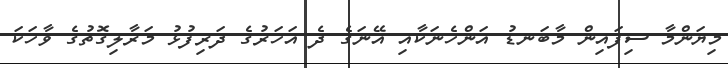
މިޔަންމާ ސިފައިން މާބަނޑު އަންހެނަކާއި އޭނަގެ ދެ އަހަރުގެ ދަރިފުޅު މަރާލިގޮތުގެ ވާހަކަ